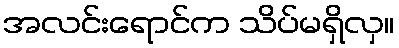
အလင်းရောင်က သိပ်မရှိလှ။